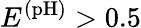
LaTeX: E^{\mathrm{(pH)}}>0.5